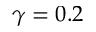
\gamma = 0 . 2